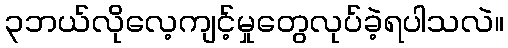
၃ဘယ်လိုလေ့ကျင့်မှုတွေလုပ်ခဲ့ရပါသလဲ။